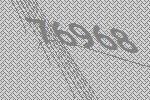
76968